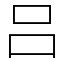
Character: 吕